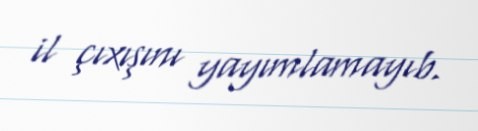
il çıxışını yayımlamayıb.